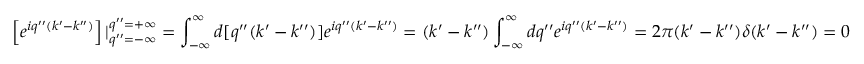
\left[ e ^ { i q ^ { \prime \prime } ( k ^ { \prime } - k ^ { \prime \prime } ) } \right] | _ { q ^ { \prime \prime } = - \infty } ^ { q ^ { \prime \prime } = + \infty } = \int _ { - \infty } ^ { \infty } d [ q ^ { \prime \prime } ( k ^ { \prime } - k ^ { \prime \prime } ) ] e ^ { i q ^ { \prime \prime } ( k ^ { \prime } - k ^ { \prime \prime } ) } = ( k ^ { \prime } - k ^ { \prime \prime } ) \int _ { - \infty } ^ { \infty } d q ^ { \prime \prime } e ^ { i q ^ { \prime \prime } ( k ^ { \prime } - k ^ { \prime \prime } ) } = 2 \pi ( k ^ { \prime } - k ^ { \prime \prime } ) \delta ( k ^ { \prime } - k ^ { \prime \prime } ) = 0